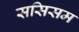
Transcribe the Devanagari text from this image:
ससिसम